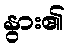
နွား၏